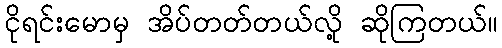
ငိုရင်းမောမှ အိပ်တတ်တယ်လို့ ဆိုကြတယ်။